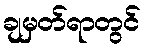
ချမှတ်ရာတွင်